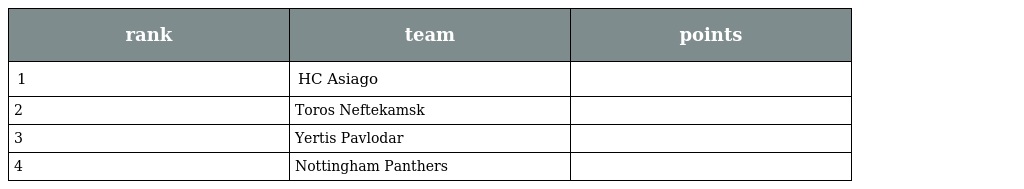
| rank | team | points |
 | --- | --- | --- |
 | 1 | HC Asiago |  |
 | 2 | Toros Neftekamsk |  |
 | 3 | Yertis Pavlodar |  |
 | 4 | Nottingham Panthers |  |